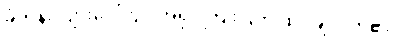
ခုံတန်းလျားပေါ်တွင် အရုပ်ကြိုးပြတ် ထိုင်ချလိုက်၏။